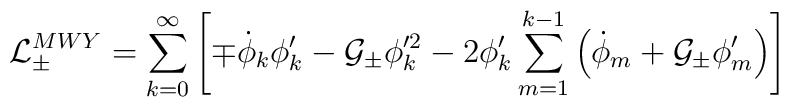
{\cal L}_{\pm}^{MWY}=\sum_{k=0}^{\infty}\left[\mp\dot\phi_k\phi'_k-{\cal G_{\pm}}\phi_k'^2 -2\phi'_k\sum_{m=1}^{k-1} \left(\dot\phi_m +{\cal G_{\pm}}\phi'_m\right)\right]